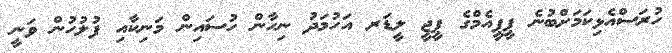
ހުރަސްއެޅިކަމަށްބުނެ ޕީޕީއެމްގެ ޕީީޖީ ލީޑަރ އަހުމަދު ނިހާން ހުސައިން މަނިކާއި ފުލުހުން ވަނީ